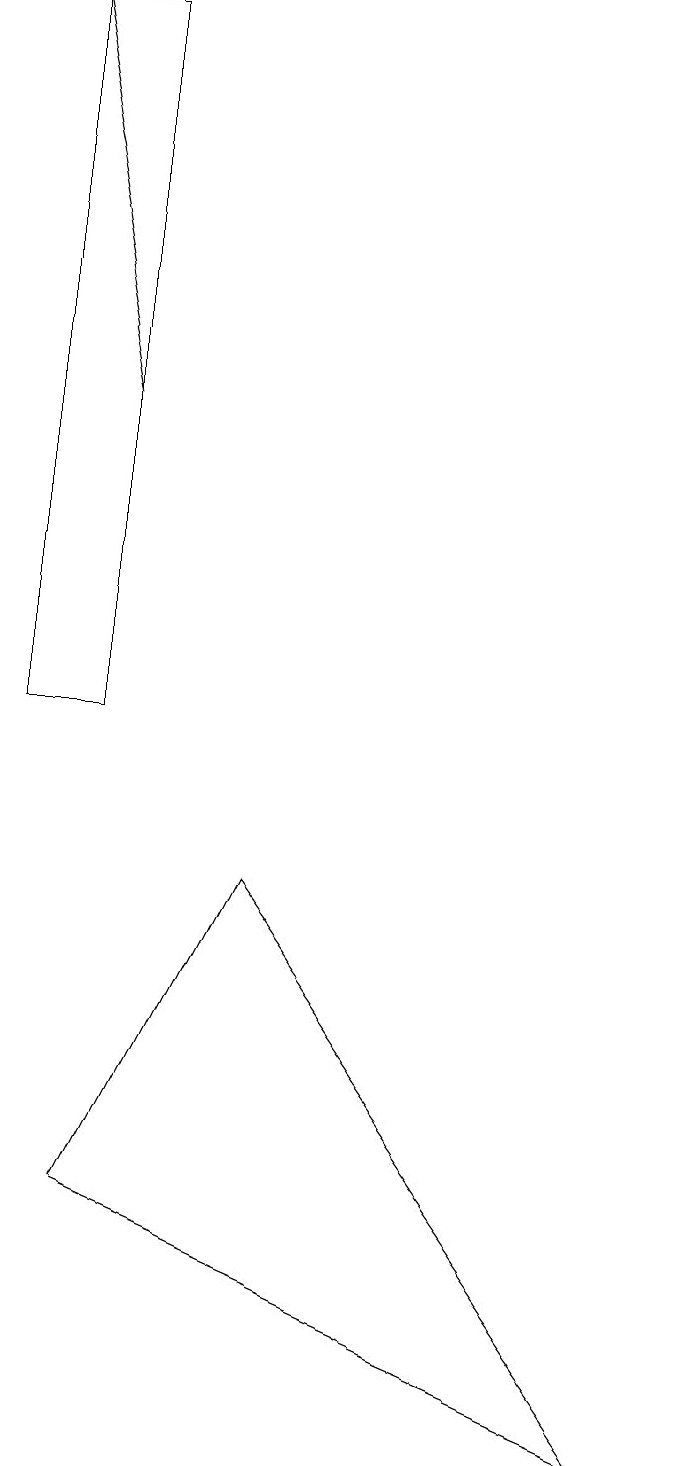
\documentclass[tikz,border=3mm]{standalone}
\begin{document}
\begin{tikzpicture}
\draw[->] (1,14) -- (0,19);
\draw (0,10) rectangle (1,19);
\draw (3,8) -- (8,1) -- (1,4) -- cycle;
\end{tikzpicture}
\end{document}